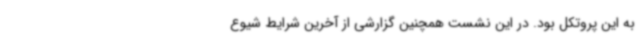
به این پروتکل بود. در این نشست همچنین گزارشی از آخرین شرایط شیوع